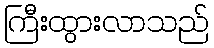
ကြီးထွားလာသည်